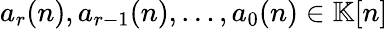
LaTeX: a_{r}(n),a_{r-1}(n),\ldots,a_{0}(n)\in\mathbb{K}[n]